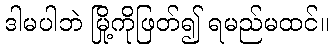
ဒါမပါဘဲ မြို့ကိုဖြတ်၍ ရမည်မထင်။